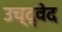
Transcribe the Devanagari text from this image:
उच्द्वेद